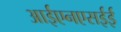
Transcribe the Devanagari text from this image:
आईएनएसईई